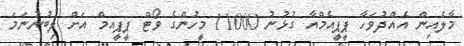
މާލެއިން އެއްދުވަހާ ޕީޕީއެމްއާ ގުޅުނު 11000 މީހުންގެ ވޯޓް ޕީޕީއމް އަށް ލިބުނުނަމަ